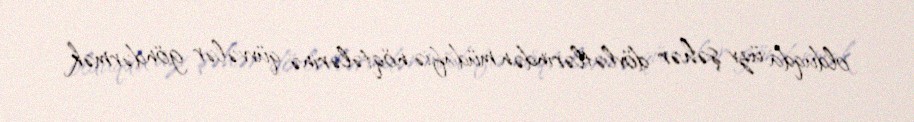
olduqda üzv şəhər dövlətlərindən müdafiə nöqtələrinə qüvvələr göndərmək